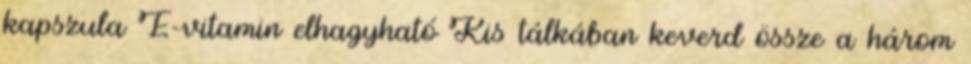
kapszula E-vitamin elhagyható Kis tálkában keverd össze a három